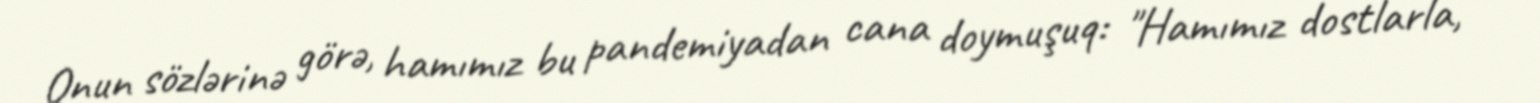
Onun sözlərinə görə, hamımız bu pandemiyadan cana doymuşuq: "Hamımız dostlarla,